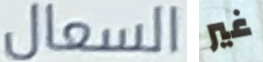
السعال غير